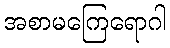
အစာမကြေရောဂါ